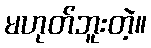
မဟုတ်ဘူးတဲ့။